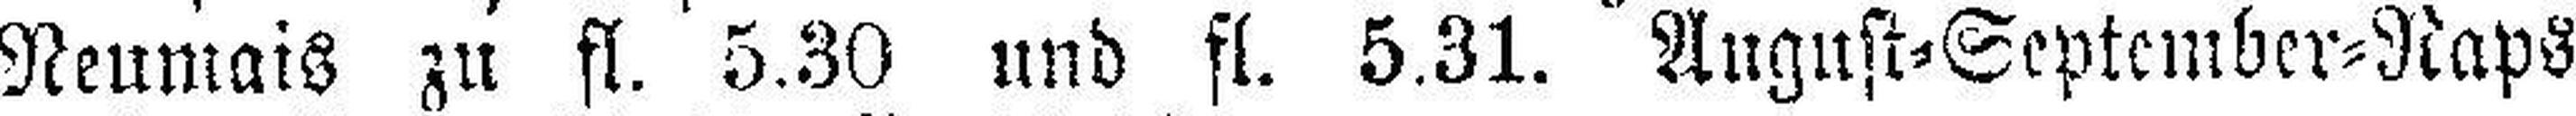
Neumais zu fl. 5.30 und fl. 5.31. August=September=Naps